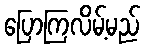
ပြောကြလိမ့်မည်